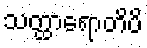
သတ္ထာရောတိပိ